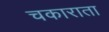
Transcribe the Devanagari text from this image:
चकाराता